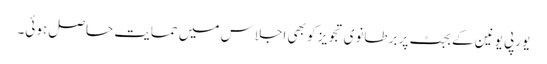
یورپی یونین کے بجٹ پر برطانوی تجویز کو بھی اجلاس میں حمایت حاصل ہوئی۔